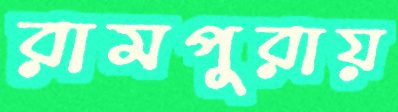
রামপুরায়